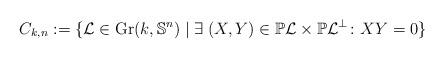
LaTeX: \begin{align*} C_{k,n}:=\{\mathcal{L}\in \mbox{Gr}(k,\mathbb{S}^n)\mid\exists \;(X,Y)\in \mathbb{P}\mathcal{L}\times\mathbb{P}\mathcal{L}^{\perp}\colon X Y=0\}\end{align*}